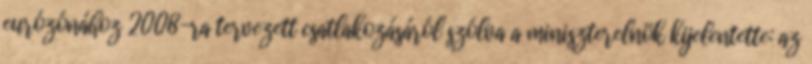
eurózónához 2008-ra tervezett csatlakozásáról szólva a miniszterelnök kijelentette: az